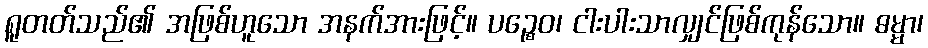
ရူတတ်သည်၏ အဖြစ်ဟူသော အနက်အားဖြင့်။ ပဉ္စေဝ၊ ငါးပါးသာလျှင်ဖြစ်ကုန်သော။ ဓမ္မာ၊